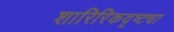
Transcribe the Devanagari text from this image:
शारिरिकदृष्ट्या